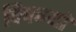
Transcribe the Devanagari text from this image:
चिपग्यो